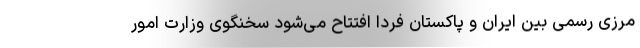
مرزی رسمی بین ایران و پاکستان فردا افتتاح می‌شود سخنگوی وزارت امور